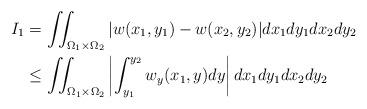
LaTeX: \begin{align*}I_{1}&=\iint_{\Omega _{1}\times \Omega_{2}}|w(x_{1},y_{1})-w(x_{2},y_{2})|dx_{1}dy_{1}dx_{2}dy_{2}\\&\leq\iint_{\Omega _{1}\times \Omega _{2}}\left\vert\int_{y_{1}}^{y_{2}}w_{y}(x_{1},y)dy\right\vert dx_{1}dy_{1}dx_{2}dy_{2}\end{align*}